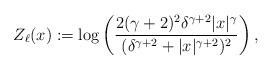
LaTeX: \begin{align*}Z_\ell(x):=\log\left(\frac{2(\gamma+2)^2\delta^{\gamma+2}|x|^{\gamma}}{(\delta^{\gamma+2}+|x|^{\gamma+2})^2}\right),\end{align*}